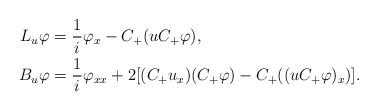
LaTeX: \begin{align*}L_u\varphi &= \frac{1}{i}\varphi_x -C_+(uC_+\varphi), \\B_u\varphi &= \frac{1}{i}\varphi_{xx} +2[(C_+u_x)(C_+\varphi)-C_+((uC_+\varphi)_x)]. \end{align*}